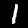
Label: 1